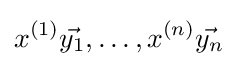
x^{(1)}{\vec {y_{1}}},\ldots ,x^{(n)}{\vec {y_{n}}}